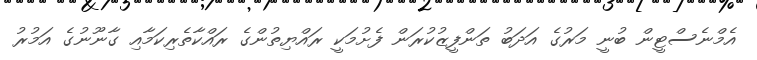
އެމްނެސްޓީން ބުނީ މަރުގެ އަދަބު ތަންފީޒުކުރަން ފެށުމަކީ ރައްޔިތުންގެ ރައްކާތެރިކަމާއި ގާނޫނުގެ އަމުރު